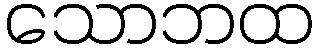
သောဘထ